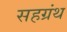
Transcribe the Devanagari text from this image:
सहग्रंथ